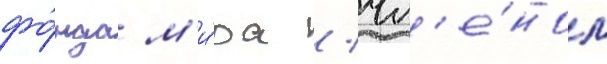
фо́нда м'и́ра / чл'е́ном